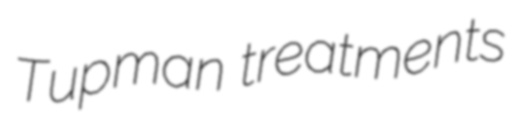
Tupman treatments